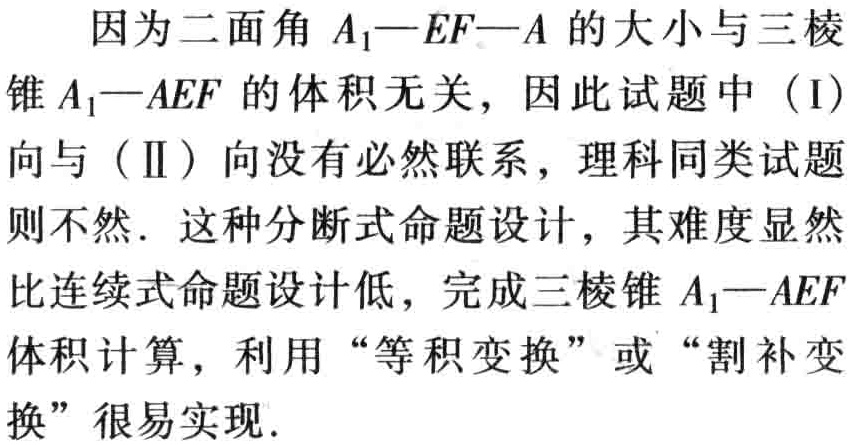
比如我们在小学5年级的时候就学过，“三角形的内角和是$180^{\circ}$”，但直到初中才知道如何证明。